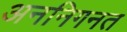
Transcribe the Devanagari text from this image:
अननिगनत